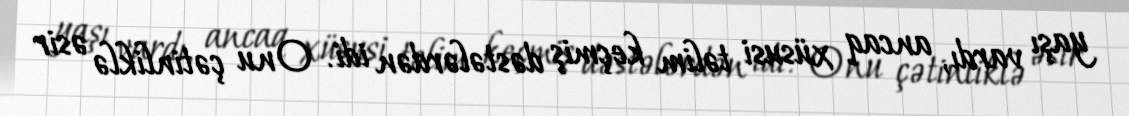
yaşı vardı, ancaq xüsusi təlim keçmiş dəstələrdən idi. Onu çətinliklə əsir